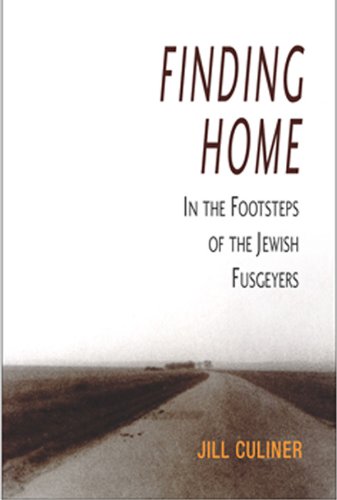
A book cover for Finding Home: In The Footsteps Of The Jewish Fusgeyers; Jill Culiner; History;